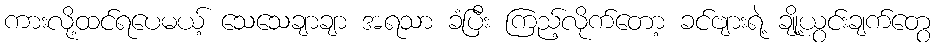
ကားလို့ထင်ရပေမယ့် သေသေချာချာ အရသာ ခံပြီး ကြည့်လိုက်တော့ ခင်ဗျားရဲ့ ချို့ယွင်းချက်တွေ